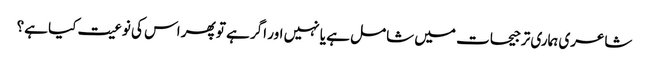
شاعری ہماری ترجیحات میں شامل ہے یا نہیں اور اگر ہے تو پھر اس کی نوعیت کیا ہے؟